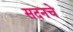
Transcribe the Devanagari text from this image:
सदनचे